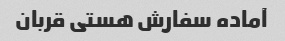
آماده سفارش هستی قربان